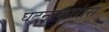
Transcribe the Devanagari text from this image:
घटनाकारांस